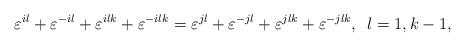
LaTeX: \begin{align*}\varepsilon^{il}+\varepsilon^{-il}+\varepsilon^{ilk}+\varepsilon^{-ilk}=\varepsilon^{jl}+\varepsilon^{-jl}+\varepsilon^{jlk}+\varepsilon^{-jlk}, \,\,\, l=1, k-1, \end{align*}